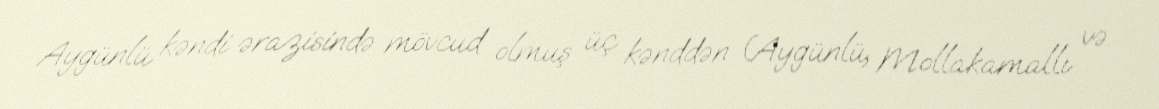
Aygünlü kəndi ərazisində mövcud olmuş üç kənddən (Aygünlü, Mollakamallı və